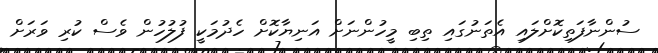
ސުންނާފަތިކޮށްލައި އެތަނުގައި ތިބި މީހުންނަށް އަނިޔާކޮށް ހެދުމަކީ ފުލުހުން ވެސް ކުރި ވަރަށް